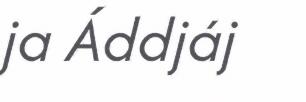
ja Áddjáj